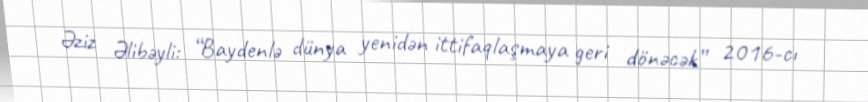
Əziz Əlibəyli: “Baydenlə dünya yenidən ittifaqlaşmaya geri dönəcək” 2016-cı